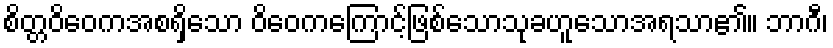
စိတ္တဝိဝေကအစရှိသော ဝိဝေကကြောင့်ဖြစ်သောသုခဟူသောအရသာ၏။ ဘာဂီ၊